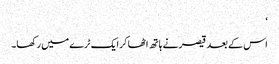
‘
اس کے بعد قیصر نے ہاتھ اٹھا کر ایک ٹرے میں رکھا۔